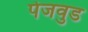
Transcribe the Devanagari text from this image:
पेजवुड